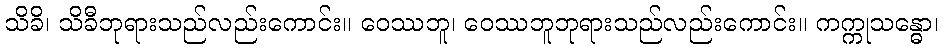
သိခိ၊ သိခီဘုရားသည်လည်းကောင်း။ ဝေဿဘူ၊ ဝေဿဘူဘုရားသည်လည်းကောင်း။ ကက္ကုသန္ဓော၊